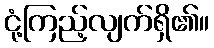
ငုံ့ကြည့်လျက်ရှိ၏။